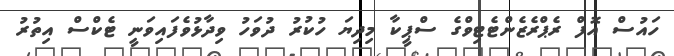
ހައުސް އޮފް ރެޕްރެޒެންޓެޓިވްގެ ސްޕީކާ މިދިޔަ ހުކުރު ދުވަހު ވިދާޅުވެފައިވަނީ ޓެކްސް އިތުރު